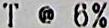
T @ 6%